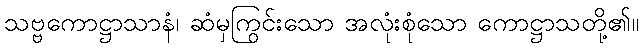
သဗ္ဗကောဋ္ဌာသာနံ၊ ဆံမှကြွင်းသော အလုံးစုံသော ကောဋ္ဌာသတို့၏။